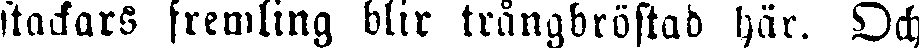
stackars fremling blir trängbröstad här. Och